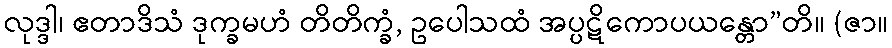
လုဒ္ဒါ၊ ဧတာဒိသံ ဒုက္ခမဟံ တိတိက္ခံ, ဥပေါသထံ အပ္ပဋိကောပယန္တော”တိ။ (ဇာ။